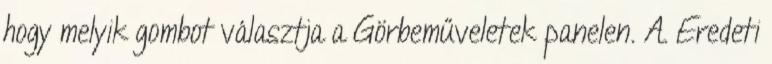
hogy melyik gombot választja a Görbeműveletek panelen. A. Eredeti